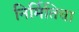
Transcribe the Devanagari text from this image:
निर्मितिचा